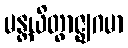
မန္တယိတွာဇ္ဈဂမာ